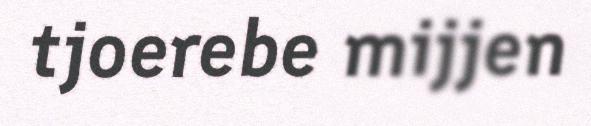
tjoerebe mijjen